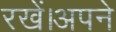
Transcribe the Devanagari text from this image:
रखें।अपने